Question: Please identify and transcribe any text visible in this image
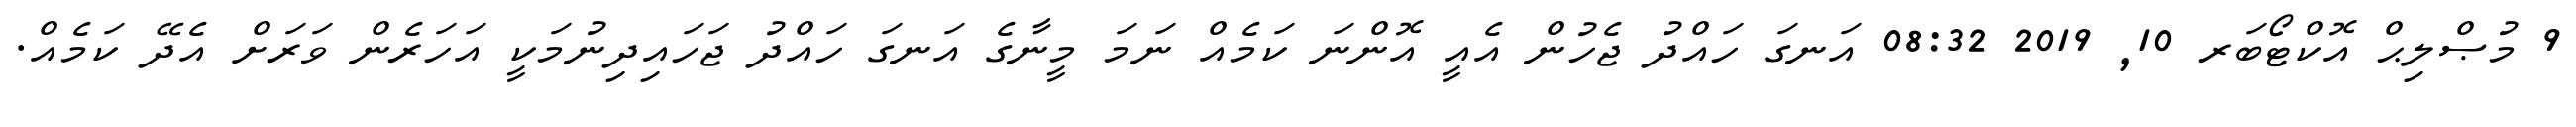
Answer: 9 މުޞްލިޙް އޮކްޓޯބަރ 10, 2019 08:32 އަނގަ ހައްދު ޖެހުން އެއީ އޮންނަ ކަމެއް ނަމަ މީނާގެ އަނގަ ހައްދު ޖަހައިދިނުމަކީ އަހަރެން ވަރަށް އެދޭ ކަމެއް.